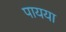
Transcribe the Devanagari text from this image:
पायया